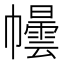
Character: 𪩿